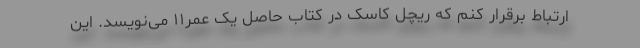
ارتباط برقرار کنم که ریچل کاسک در کتاب حاصل یک عمر۱۱ می‌نویسد. این